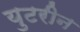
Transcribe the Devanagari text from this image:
युटरीन